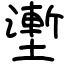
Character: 壍